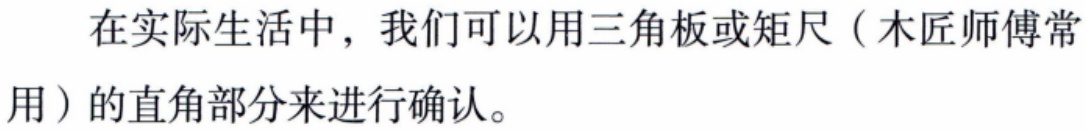
在实际生活中，我们可以用三角板或矩尺（木匠师傅常用）的直角部分来进行确认。